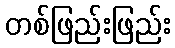
တစ်ဖြည်းဖြည်း